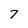
Character: 7